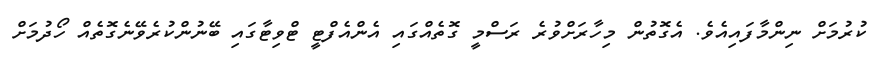
ކުރުމަށް ނިންމާފައިއެވެ. އެގޮތުން މިހާރަށްވުރެ ރަސްމީ ގޮތެއްގައި އެންއެފްޓީ ޓްވިޓާގައި ބޭނުންކުރެވޭނެގޮތެއް ހޯދުމަށް